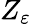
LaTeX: Z_{\varepsilon}